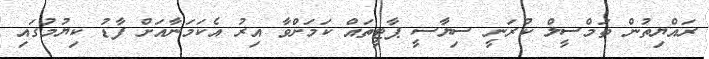
ރައްޔިތުން ތަމްސީލް ކުރަނީ ސިޔާސީ ޕާޓީތައް ކަމަށްވާ އިރު އެކަމަނާއަށް ފާޑު ކިޔުމުގައި